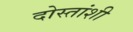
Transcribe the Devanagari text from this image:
दोस्तांशी